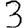
Digit: 3